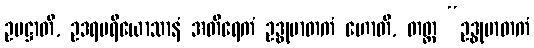
ဥပဋ္ဌာတိ, ဥဒရပရိယောသာနံ အတိရေကံ ဥဒ္ဓုမာတကံ ဟောတိ, တတ္ထ “ဥဒ္ဓုမာတကံ